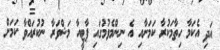
އަދި އެކަމާ ހިތާމަކުރާ ކަމަށާއި އެ ނިންމެވުމުގައި ޕާޓީއާ މަޝްވަރާ ނުކުރައްވާ ކަމަށް